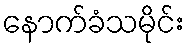
နောက်ခံသမိုင်း